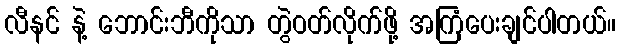
လီနင် နဲ့ ဘောင်းဘီကိုသာ တွဲဝတ်လိုက်ဖို့ အကြံပေးချင်ပါတယ်။